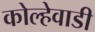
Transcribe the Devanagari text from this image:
कोल्हेवाडी